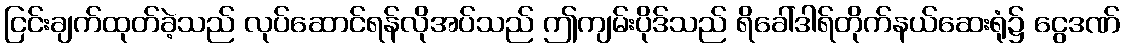
ငြင်းချက်ထုတ်ခဲ့သည် လုပ်ဆောင်ရန်လိုအပ်သည် ဤကျမ်းပိုဒ်သည် ရိခေါ်ဒါရ်တိုက်နယ်ဆေးရုံ၌ ငွေဒဏ်